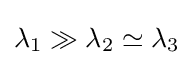
\lambda _{1}\gg \lambda _{2}\simeq \lambda _{3}